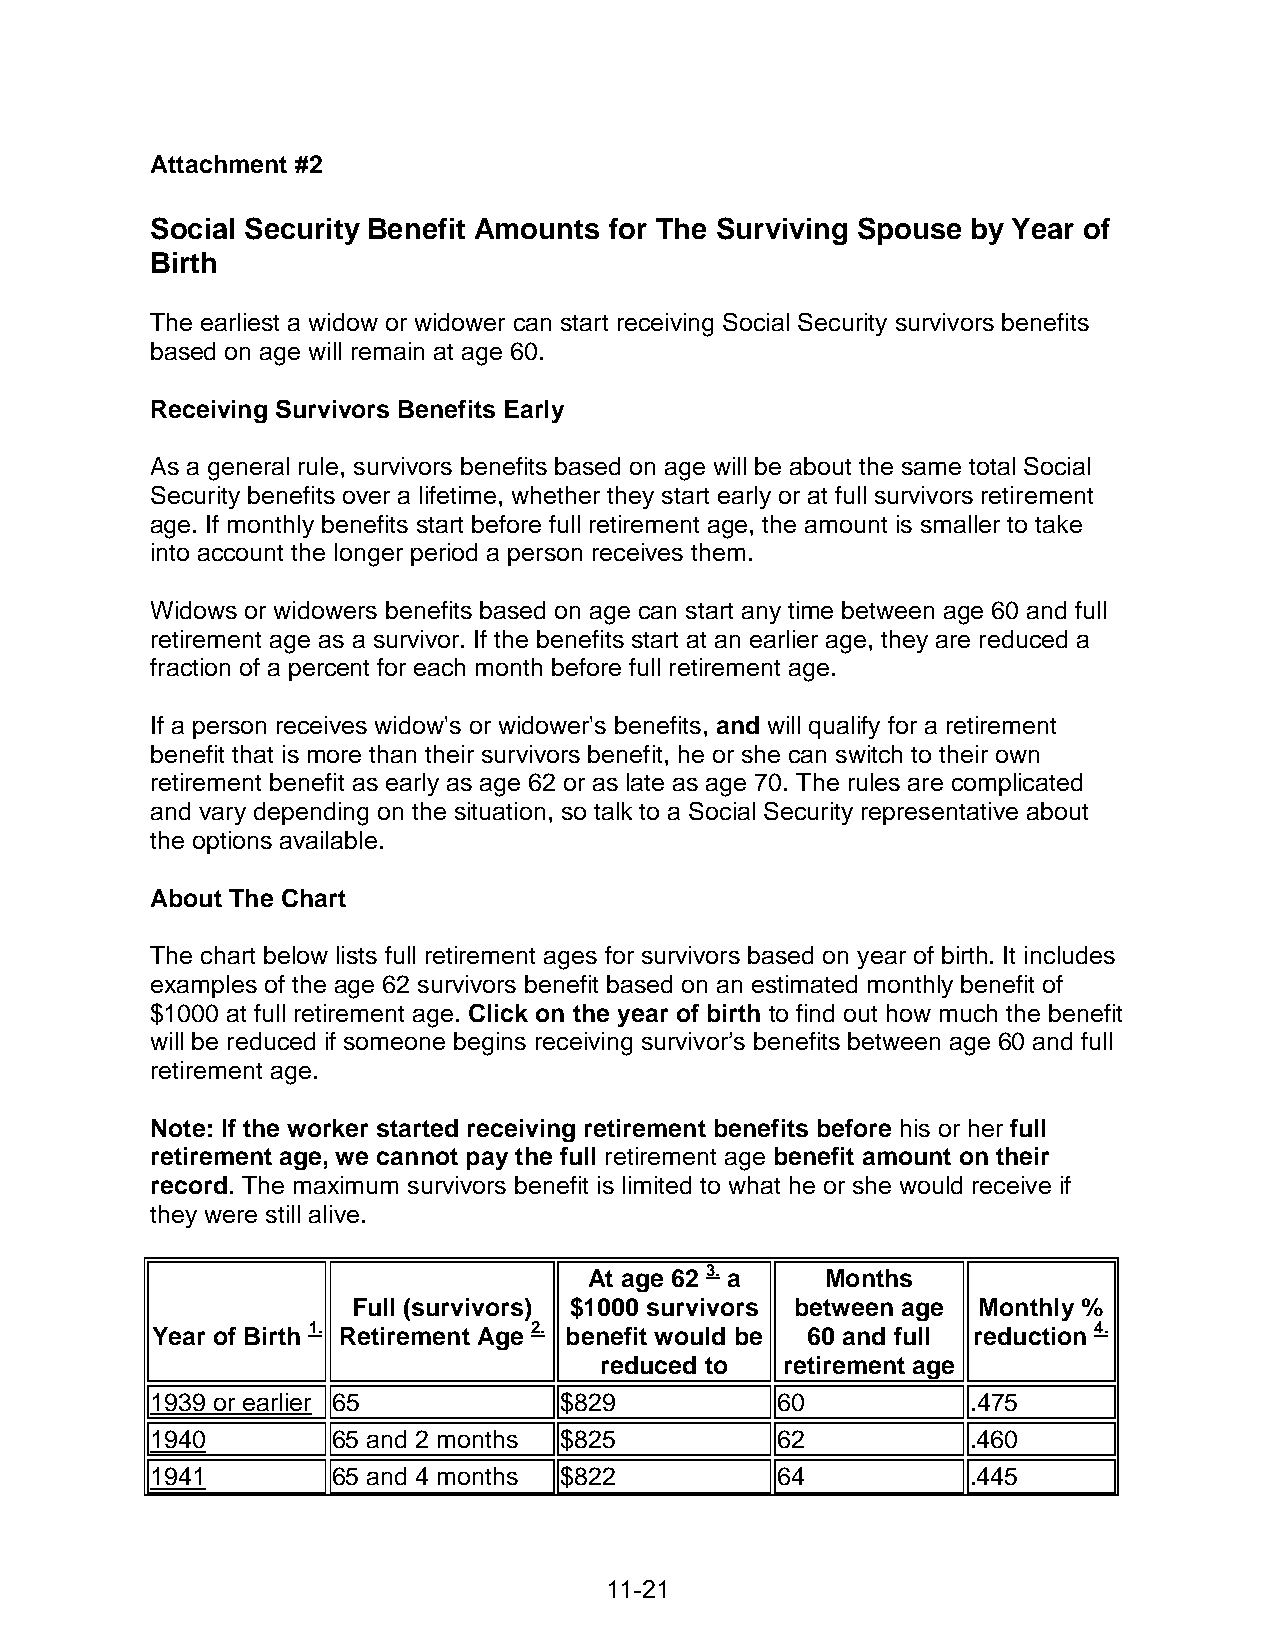
Attachment #2
 Social Security Benefit Amounts for The Surviving Spouse by Year of
 Birth
 The earliest a widow or widower can start receiving Social Security survivors benefits
 based on age will remain at age 60.
 Receiving Survivors Benefits Early
 As a general rule, survivors benefits based on age will be about the same total Social
 Security benefits over a lifetime, whether they start early or at full survivors retirement
 age. If monthly benefits start before full retirement age, the amount is smaller to take
 into account the longer period a person receives them.
 Widows or widowers benefits based on age can start any time between age 60 and full
 retirement age as a survivor. If the benefits start at an earlier age, they are reduced a
 fraction of a percent for each month before full retirement age.
 If a person receives widow's or widower's benefits, and will qualify for a retirement
 benefit that is more than their survivors benefit, he or she can switch to their own
 retirement benefit as early as age 62 or as late as age 70. The rules are complicated
 and vary depending on the situation, so talk to a Social Security representative about
 the options available.
 About The Chart
 The chart below lists full retirement ages for survivors based on year of birth. It includes
 examples of the age 62 survivors benefit based on an estimated monthly benefit of
 $1000 at full retirement age. Click on the year of birth to find out how much the benefit
 will be reduced if someone begins receiving survivor’s benefits between age 60 and full
 retirement age.
 Note: If the worker started receiving retirement benefits before his or her full
 retirement age, we cannot pay the full retirement age benefit amount on their
 record. The maximum survivors benefit is limited to what he or she would receive if
 they were still alive.
 3.
 At age 62 a     Months
 Full (survivors) $1000 survivors between age Monthly %
 1.             2.                                   4.
 Year of Birth Retirement Age benefit would be 60 and full reduction
 reduced to  retirement age
 1939 or earlier 65         $829          60           .475
 1940        65 and 2 months $825         62           .460
 1941        65 and 4 months $822         64           .445
 11-21